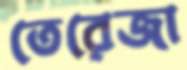
তেরেজা